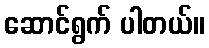
ဆောင်ရွက် ပါတယ်။